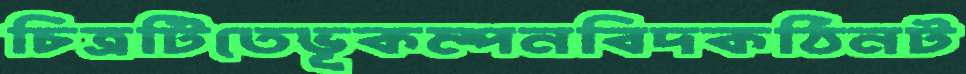
চিত্রটিতেভূকম্পনবিদকঠিনট